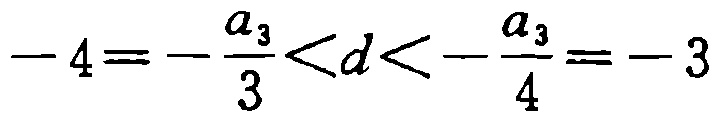
\(-4 = -\frac{a_{3}}{3} < d < -\frac{a_{3}}{4} = -3\)